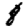
Digit: 8